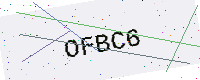
Text: OFBC6